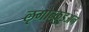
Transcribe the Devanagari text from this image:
ऌगोन्क़ुइअन